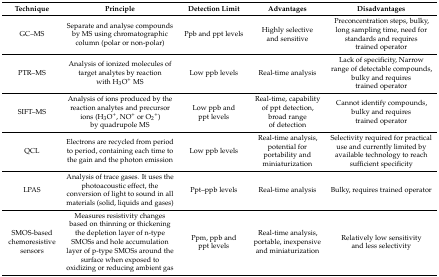
<table><thead><tr><td><b>Technique</b></td><td><b>Principle</b></td><td><b>Detection Limit</b></td><td><b>Advantages</b></td><td><b>Disadvantages</b></td></tr></thead><tbody><tr><td>GC–MS</td><td>Separate and analyse compounds by MS using chromatographic column (polar or non-polar)</td><td>Ppb and ppt levels</td><td>Highly selective and sensitive</td><td>Preconcentration steps, bulky, long sampling time, need for standards and requires trained operator</td></tr><tr><td>PTR–MS</td><td>Analysis of ionized molecules of target analytes by reaction with H<sub>3</sub>O<sup>+</sup> MS</td><td>Low ppb levels</td><td>Real-time analysis</td><td>Lack of specificity, Narrow range of detectable compounds, bulky and requires trained operator</td></tr><tr><td>SIFT–MS</td><td>Analysis of ions produced by the reaction analytes and precursor ions (H<sub>3</sub>O<sup>+</sup>, NO<sup>+</sup> or O<sub>2</sub><sup>+</sup>) by quadrupole MS</td><td>Low ppb and ppt levels</td><td>Real-time, capability of ppt detection, broad range of detection</td><td>Cannot identify compounds, bulky and requires trained operator</td></tr><tr><td>QCL</td><td>Electrons are recycled from period to period, containing each time to the gain and the photon emission</td><td>Low ppb levels</td><td>Real-time analysis, potential for portability and miniaturization</td><td>Selectivity required for practical use and currently limited by available technology to reach sufficient specificity</td></tr><tr><td>LPAS</td><td>Analysis of trace gases. It uses the photoacoustic effect, the conversion of light to sound in all materials (solid, liquids and gases)</td><td>Ppt–ppb levels</td><td>Real-time analysis</td><td>Bulky, requires trained operator</td></tr><tr><td>SMOS-based chemoresistive sensors</td><td>Measures resistivity changes based on thinning or thickening the depletion layer of n-type SMOSs and hole accumulation layer of p-type SMOSs around the surface when exposed to oxidizing or reducing ambient gas</td><td>Ppm, ppb and ppt levels</td><td>Real-time analysis, portable, inexpensive and miniaturization</td><td>Relatively low sensitivity and less selectivity</td></tr></tbody></table>